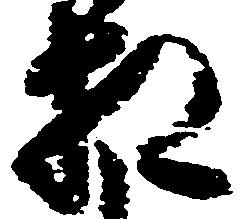
相